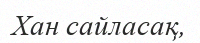
Хан сайласақ,